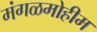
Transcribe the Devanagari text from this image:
मंगळमोहीम